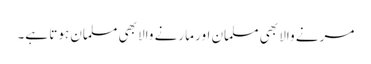
مرنے والا بھی مسلمان اور مارنے والا بھی مسلمان ہوتا ہے۔